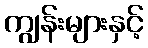
ကျွန်းများနှင့်